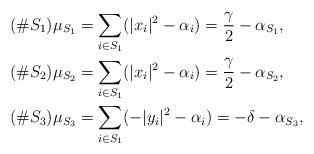
LaTeX: \begin{align*} (\#S_1) \mu_{S_1} &= \sum_{i \in S_1} (|x_i|^2 - \alpha_i) = \frac{\gamma}{2} - \alpha_{S_1}, \\ (\#S_2) \mu_{S_2} &= \sum_{i \in S_1} (|x_i|^2 - \alpha_i) = \frac{\gamma}{2} - \alpha_{S_2}, \\ (\#S_3) \mu_{S_3} &= \sum_{i \in S_1} (-|y_i|^2 - \alpha_i) = -\delta - \alpha_{S_3},\end{align*}